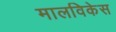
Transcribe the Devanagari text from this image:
मालविकेस